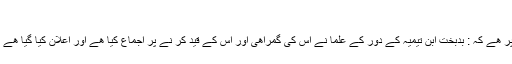
باذوق, ‏مارچ 2, 2009
سیف الجبار المسلول علی اعداء الا برار،، طبع ترکیہ 1979ءء کے ص 24 پر ھے کہ : بدبخت ابن تیمیہ کے دور کے علما نے اس کی گمراھی اور اس کے قید کر نے پر اجماع کیا ھے اور اعلان کیا گیا ھے کہ جو شخص ابن تیمیہ کے عقیدوں پر ھو گا اس کا مال اور خون مباح ھے ۔